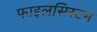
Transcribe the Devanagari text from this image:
फाइलसिस्टम